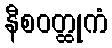
နီစဝတ္ထုကံ